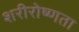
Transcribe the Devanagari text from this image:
शरीरोष्णता